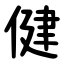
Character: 健